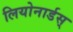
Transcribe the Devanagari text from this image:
लियोनार्डस्